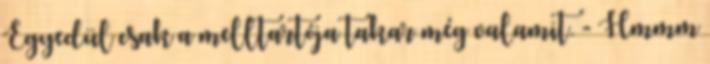
Egyedül csak a melltartója takar még valamit. - Hmmm